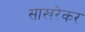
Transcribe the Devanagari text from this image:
साखरेकर